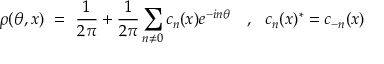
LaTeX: \rho ( \theta , x ) ~ = ~ \frac { 1 } { 2 \pi } + \frac { 1 } { 2 \pi } \sum _ { n \neq 0 } c _ { n } ( x ) e ^ { - i n \theta } ~ ~ ~ , ~ ~ c _ { n } ( x ) ^ { * } = c _ { - n } ( x )